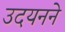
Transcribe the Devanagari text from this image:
उदयनने